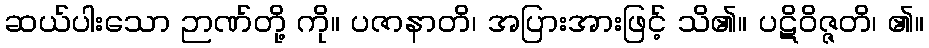
ဆယ်ပါးသော ဉာဏ်တို့ ကို။ ပဇာနာတိ၊ အပြားအားဖြင့် သိ၏။ ပဋိဝိဇ္ဇတိ၊ ၏။